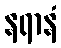
နရာနံ